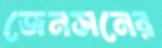
জেনসনের